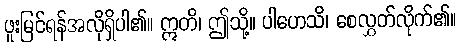
ဖူးမြင်ရန်အလိုရှိပါ၏။ ဣတိ၊ ဤသို့။ ပါဟေသိ၊ စေလွှတ်လိုက်၏။